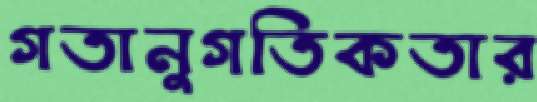
গতানুগতিকতার